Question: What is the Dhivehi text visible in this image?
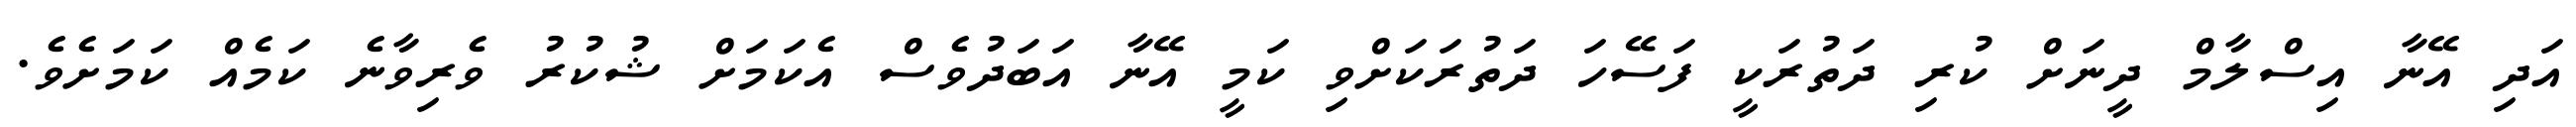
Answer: އަދި އޭނާ އިސްލާމް ދީނަށް ކުރި ދަތުރަކީ ފަސޭހަ ދަތުރަކަށްވި ކަމީ އޭނާ އަބަދުވެސް އެކަމަށް ޝުކުރު ވެރިވާނެ ކަމެއް ކަމަށެވެ.